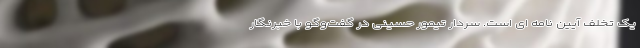
یک تخلف آیین نامه ای است. سردار تیمور حسینی در گفت‌وگو با خبرنگار